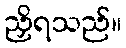
ညှိရသည်။